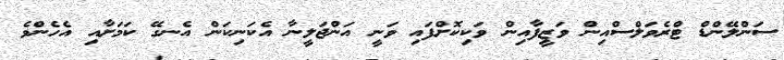
ސަންލޭންޑް ޓްރެވަލްސްއިން ވަޒީފާއިން ވަކިކޮށްފައި ވަނީ އަންޖަލީނާ އެކަނިކަން އެނގޭ ކަމަށާއި އެެހެންވެ